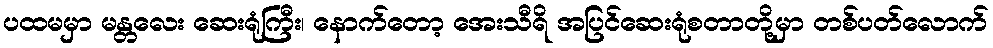
ပထမမှာ မန္တလေး ဆေးရုံကြီး၊ နောက်တော့ အေးသီရိ အပြင်ဆေးရုံစတာတို့မှာ တစ်ပတ်လောက်